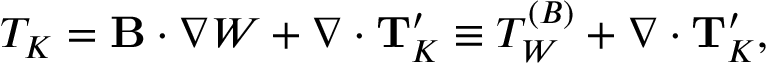
T _ { \cal { K } } = { \bf { B } } \cdot \nabla { \cal { W } } + \nabla \cdot { \bf { T } } _ { \cal { K } } ^ { \prime } \equiv T _ { \cal { W } } ^ { ( B ) } + \nabla \cdot { \bf { T } } _ { \cal { K } } ^ { \prime } ,